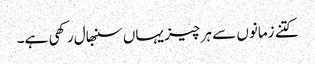
کتنے زمانوں سے ہر چیز یہاں سنبھال رکھی ہے۔